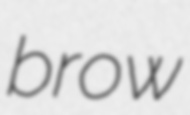
brow